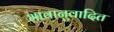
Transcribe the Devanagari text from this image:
भावानुवादित